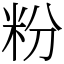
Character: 粉